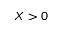
X > 0